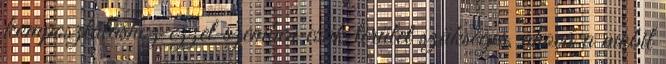
komposztáláshoz ezzel szemben csak terület szükséges, ahová a mobil